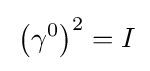
\,\left(\gamma ^{0}\right)^{2}=I